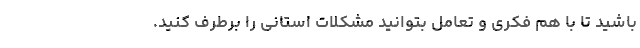
باشید تا با هم فکری و تعامل بتوانید مشکلات استانی را برطرف کنید.